Scottish Leaving Certificate Examination, 1960
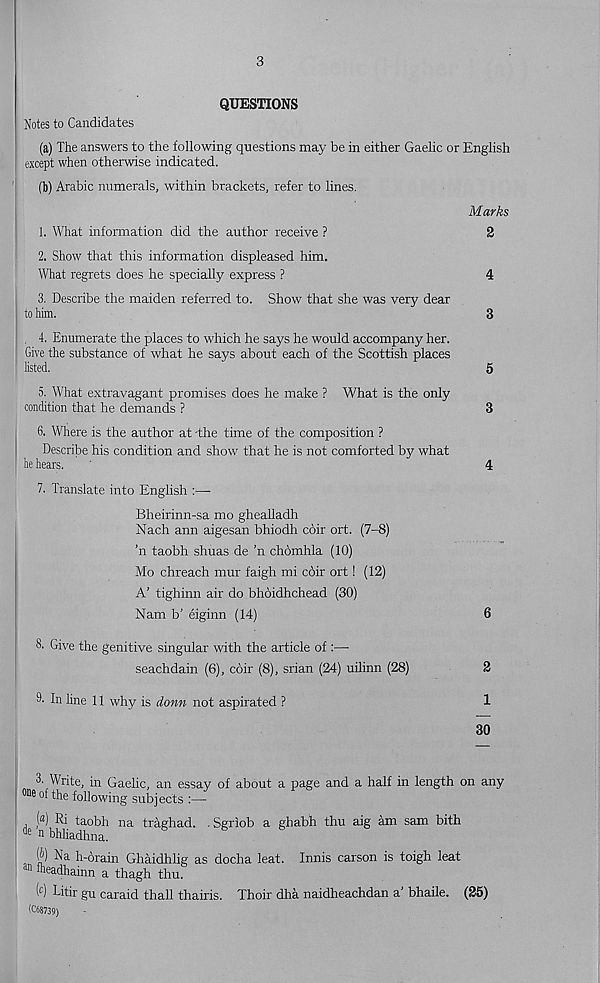
3
QUESTIONS
Notes to Candidates
(a) The answers to the following questions may be in either Gaelic or English
except when otherwise indicated.
(b) Arabic numerals, within brackets, refer to lines.
Marks
1. What information did the author receive ?
2
2. Show that this information displeased him.
What regrets does he specially express ?
4
3. Describe the maiden referred to. Show that she was very dear
to him.
3
4. Enumerate the places to which he says he would accompany her.
Give the substance of what he says about each of the Scottish places
listed.
5
5. What extravagant promises does he make ? What is the only
condition that he demands ?
3
6. Where is the author at -the time of the composition ?
Describe his condition and show' that he is not comforted by what
he hears.
'
4
7. Translate into English :—
Bheirinn-sa mo ghealladh
Nach ann aigesan bhiodh coir ort. (7-8)
’n taobh shuas de ’n chomhla (10)
Mo chreach mur faigh mi coir ort! (12)
A’ tighinn air do bhoidhchead (30)
Nam b’ eiginn (14)
6
8. Give the genitive singular with the article of :—
seachdain (6), coir (8), srian (24) uilinn (28)
2
9- In line 11 why is donn not aspirated ?
1
30
3 ' Write, in Gaelic, an essay of about a page and a half in length on any
®e of the following subjects :—
(®) Ri taobh na traehad. . Sgriob a ghabh thu aig am sam bith
de n bhliadhna.
(^) Na h-drain Ghaidhlig as docha leat. Innis carson is toigh leat
n “eadhainn a thagh thu.
(0 Litir gu caraid thall thairis. Thoir dha naidheachdan a’ bhaile. (25)
(C68739)